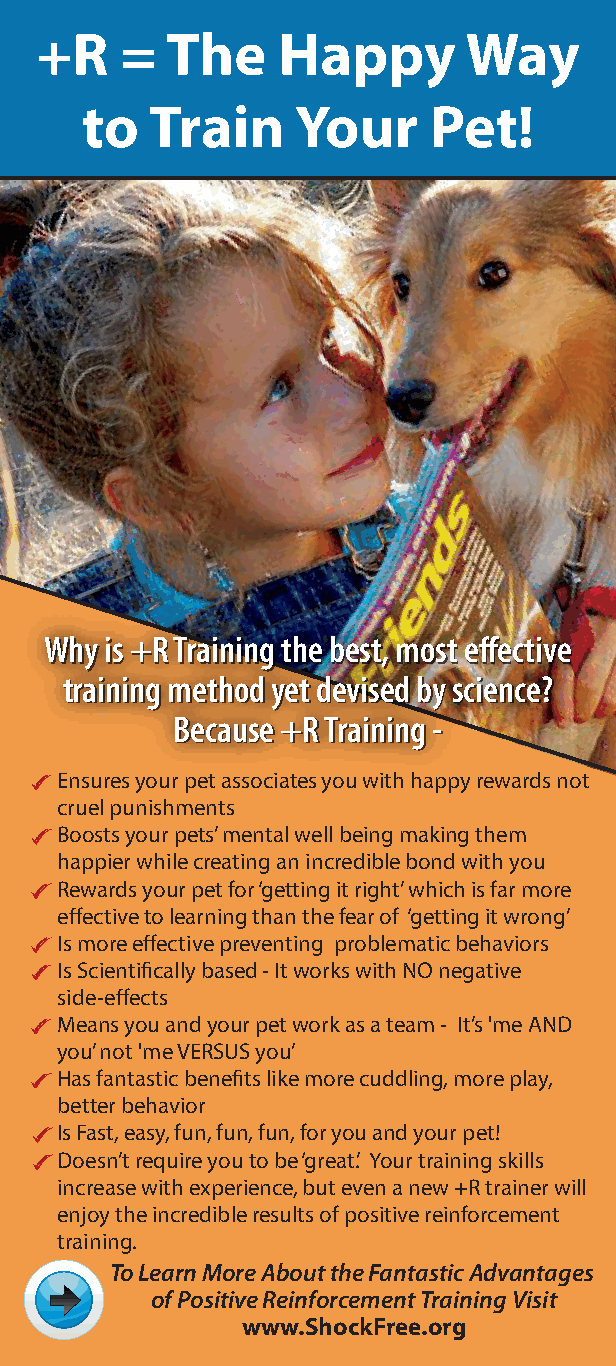
+R    =  The    Happy        Way
 to   Train    Your     Pet!
 WWhhyy iiss ++RR TTrraaiinniinngg tthhee bbeesstt,, mmoosstt eeffffeeccttiivvee
 ttrraaiinniinngg mmeetthhoodd yyeett ddeevviisseedd bbyy sscciieennccee??
 BBeeccaauussee ++RR TTrraaiinniinngg --
 Ensures your pet associates you with happy rewards not
 cruel punishments
 Boosts your pets’ mental well being making them
 happier while creating an incredible bond with you
 Rewards your pet for ‘getting it right’ which is far more
 effective to learning than the fear of ‘getting it wrong’
 Is more effective preventing problematic behaviors
 Is Scientifically based - It works with NO negative
 side-effects
 Means you and your pet work as a team - It’s 'me AND
 you’ not 'me VERSUS you’
 Has fantastic benefits like more cuddling, more play,
 better behavior
 Is Fast, easy, fun, fun, fun, for you and your pet!
 Doesn’t require you to be ‘great’. Your training skills
 increase with experience, but even a new +R trainer will
 enjoy the incredible results of positive reinforcement
 training.
 To Learn More About the Fantastic Advantages
 of Positive Reinforcement Training Visit
 www.ShockFree.org